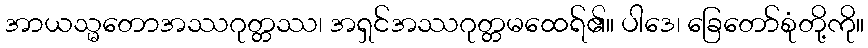
အာယသ္မတောအဿဂုတ္တဿ၊ အရှင်အဿဂုတ္တမထေရ်၏။ ပါဒေ၊ ခြေတော်စုံတို့ကို။